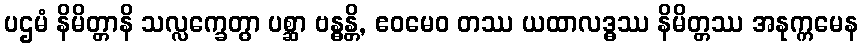
ပဌမံ နိမိတ္တာနိ သလ္လက္ခေတွာ ပစ္ဆာ ဗန္ဓန္တိ, ဧဝမေဝ တဿ ယထာလဒ္ဓဿ နိမိတ္တဿ အနုက္ကမေန